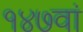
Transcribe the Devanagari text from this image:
१४७वां